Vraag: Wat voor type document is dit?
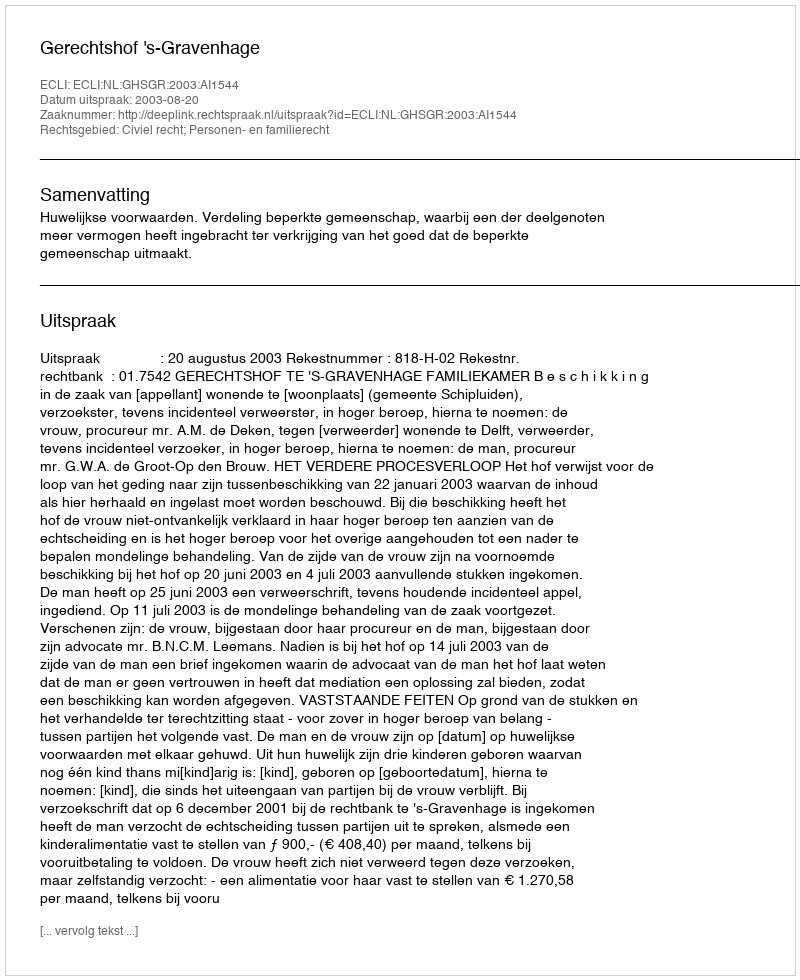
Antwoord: Uitspraak